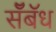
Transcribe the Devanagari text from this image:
सॅँबॅध